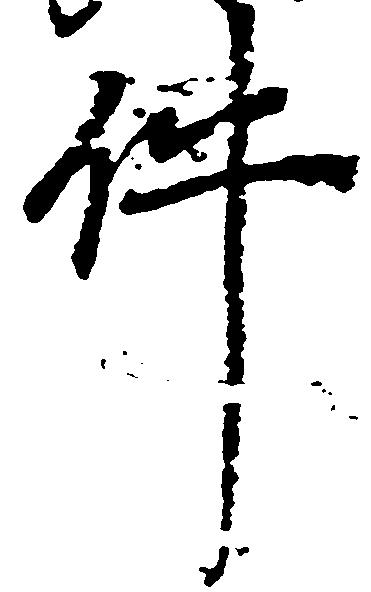
件